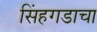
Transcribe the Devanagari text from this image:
सिंहगडाचा